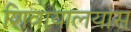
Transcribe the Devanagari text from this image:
शिवायालयास